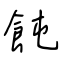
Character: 飩